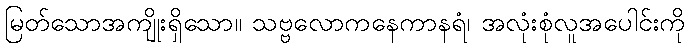
မြတ်သောအကျိုးရှိသော။ သဗ္ဗလောကနေကာနရံ၊ အလုံးစုံလူအပေါင်းကို